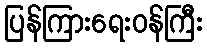
ပြန်ကြားရေးဝန်ကြီး